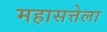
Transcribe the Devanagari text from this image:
महासत्तेला